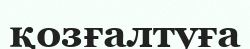
қозғалтуға